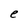
Character: e